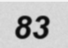
83